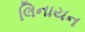
લિનાયન